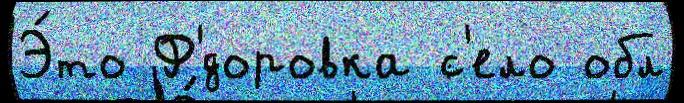
Э́то Ф'́доровка с'ело обл